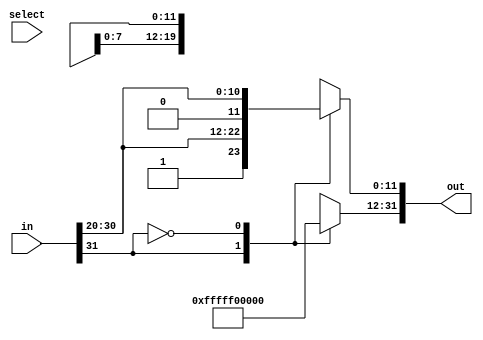
module lab8_immGen(in, select, out);
	input [31:0] in;
	input select;
	output reg [31:0] out;
	
	
	always @(select)
	begin
	case(in[31]) 

		1'b1: begin
			out [31:12] = 20'b11111111111111111111;
			out [11:0] = in[31:20];
		end
		
		1'b0: begin
			out [31:12] = 20'd0;
			out [11:0] = in[31:20];
		end
	endcase
	end
endmodule